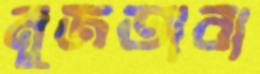
মুজতাবা